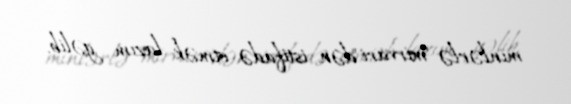
minlərlə "mirvari"dən istifadə etmək lazım gəlib.